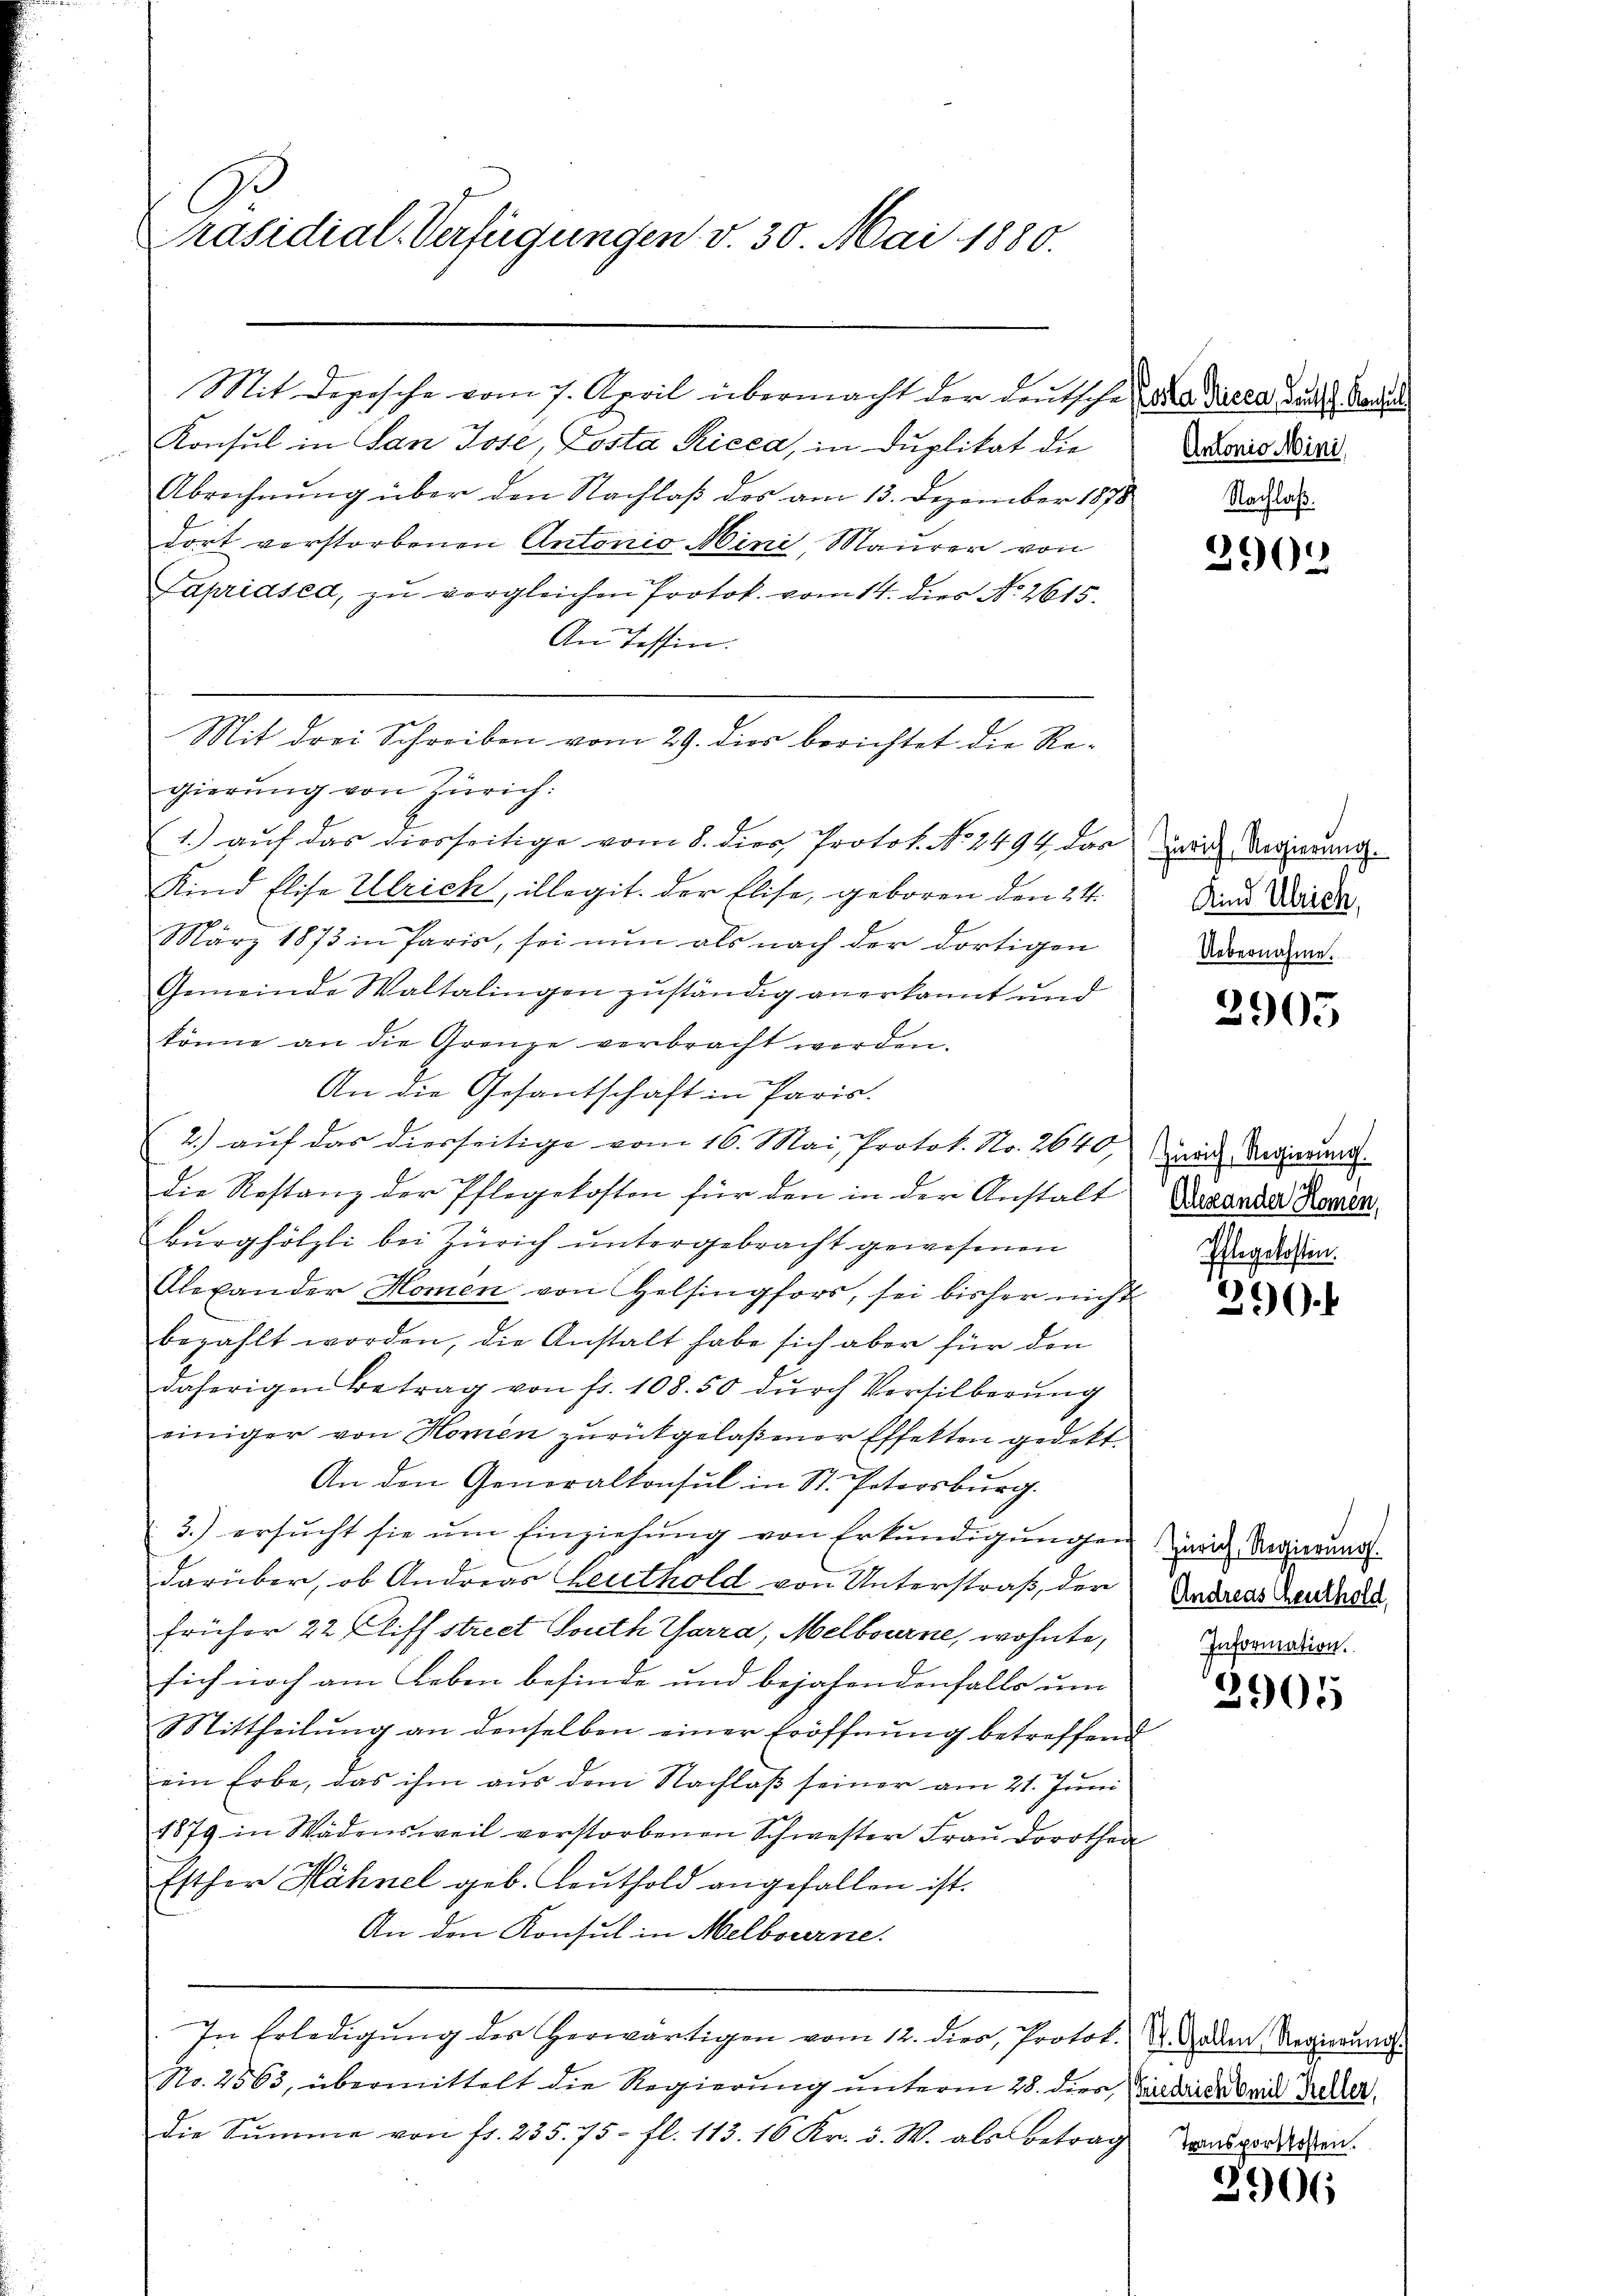
Präsidial-Verfügungen v. 30. Mai 1880.

Konsul in San Jose, Losta Ricca, in Duplikat die
Abrechnung über den Nachlaß des am 13. Dezember 1878 Dotat
dort verstorbenen Antonio Mini, Maurer von
Papriased, zu vergleichen Protok. vom 14. dies No. 2615.
An Tessin.
gierŭng von Zürich.
1.) auf das diesseitige vom 8. dies Protot. No 1494 das Zürich Regierung.
Kind Elise Ulrich, illegit. der Elise, geboren den 24.
März 1873 in Paris, sei nun als nach der dortigen
Gemeinde Waltalingen zuständig anerkannt und
könne an die Grenze verbracht werden.
An die Gesantschaft in Paris.
2.) auf das diesseitige vom 16. Mai, Protok. No. 2640, mit Regierung
die Restanz der Pflegekosten für den in der Anstalt Decandas Romen,
Burghölzli bei Zürich untergebracht gewesenen
Alexander Homen von Helsingfors, sei bisher nicht
bezahlt worden, die Anstalt habe sich aber für den
daherigen Betrag von fr. 108. 50 durch Versilberung
einiger von Homen zurückgelaßener Effekten gedekt.
An den Generalkonsul in St. Petersburg.
3.) ersucht sie um Einziehung von Erkundigungen zweit Regierungs
darüber, ob Andreas Leuthold von Unterstraß, der
früher 22 Cliff street South Garra, Melbourne, wohnte,
sich noch am Leben befinde und bejahendenfalls um
Mittheilŭng an denselben einer Eröffnŭng betreffend
ein Erbe, das ihm aus dem Nachlaß seiner am 21. Juni
1879 in Wädensweil verstorbenen Schwester Frau Dorothen
Esther Hähnel geb. Leuthold angefallen ist.
An den Konsul in Melbourne.
In Erledigŭng des herwärtigen vom 12. dies, Protok. Z. Gaden Regierungs-
No. 2563, übermittelt die Regierung unterm 28. dies Bilderer bei Zeller,
Die Summe von fr. 235. 75 fl. 113. 16 Kr. v. W. als betrag abgeraten.

Mit drei Schreiben vom 29. dies berichtet die Re¬

Mit Depesche vom 7. April übermacht der deutsche da darea bundes Bade

Antonio Mini

2900

Kind Ulrich,
Uebernahme.

2905

Ehlegelosten.

29.

Andreas Genthold,
Information.

3905

2906